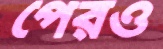
পেরও